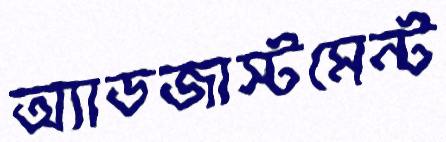
অ্যাডজাস্টমেন্ট